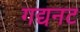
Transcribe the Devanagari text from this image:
गद्यनट